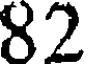
82